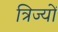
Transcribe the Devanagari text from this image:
त्रिज्यों